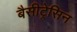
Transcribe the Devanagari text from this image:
बैसीट्रेसिन